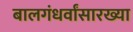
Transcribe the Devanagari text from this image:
बालगंधर्वांसारख्या